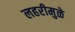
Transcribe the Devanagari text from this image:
लहरीमुळे